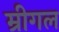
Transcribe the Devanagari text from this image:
म्रीगल